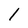
Character: I